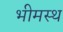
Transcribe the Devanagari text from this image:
भीमस्थ